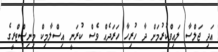
އަދި ޖަލްސާ ލައިވްކުރުމަށް ދާ ހުރިހާ ހަރަދެއް ވެސް ކުރަނީ އިސްލާމިކް މިނިސްޓްރީގެ